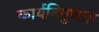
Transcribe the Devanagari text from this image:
कार्यनिपुणता